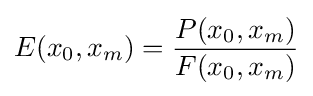
E(x_{0},x_{m})={\frac {P(x_{0},x_{m})}{F(x_{0},x_{m})}}